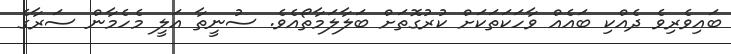
ބައިވެރިވެ ދެއްކި ބައެއް ވާހަކަތަކަށް ކުރުގޮތަށް ބަލާލަމާތޯއެވެ. ސުނީތާ އަލީ މެހެމާން ސަރާގެ